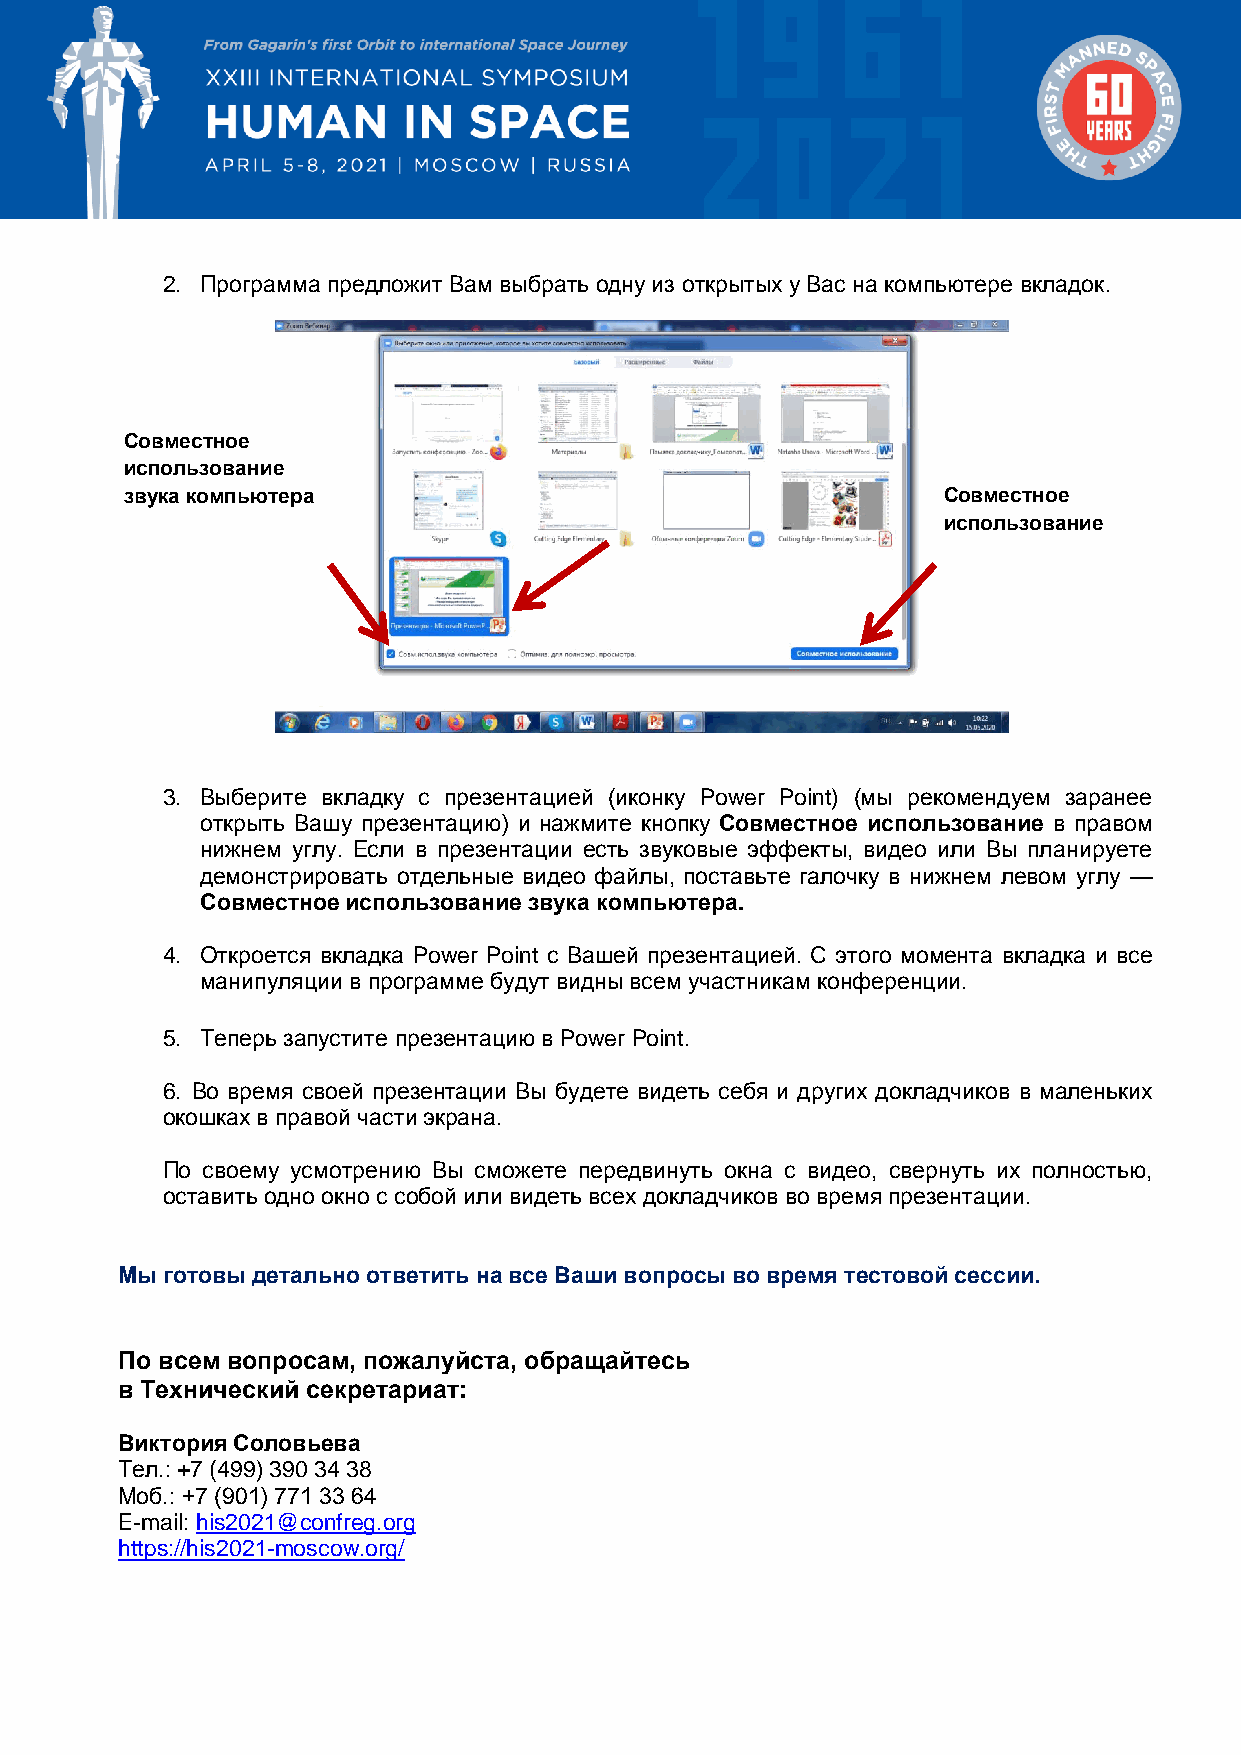
2. Программа предложит Вам выбрать одну из открытых у Вас на компьютере вкладок.
 Совместное
 использование
 звука компьютера                                      Совместное
 использование
 3. Выберите вкладку с презентацией (иконку Power Point) (мы рекомендуем заранее
 открыть Вашу презентацию) и нажмите кнопку Совместное использование в правом
 нижнем углу. Если в презентации есть звуковые эффекты, видео или Вы планируете
 демонстрировать отдельные видео файлы, поставьте галочку в нижнем левом углу —
 Совместное использование звука компьютера.
 4. Откроется вкладка Power Point с Вашей презентацией. С этого момента вкладка и все
 манипуляции в программе будут видны всем участникам конференции.
 5. Теперь запустите презентацию в Power Point.
 6. Во время своей презентации Вы будете видеть себя и других докладчиков в маленьких
 окошках в правой части экрана.
 По своему усмотрению Вы сможете передвинуть окна с видео, свернуть их полностью,
 оставить одно окно с собой или видеть всех докладчиков во время презентации.
 Мы готовы детально ответить на все Ваши вопросы во время тестовой сессии.
 По всем вопросам, пожалуйста, обращайтесь
 в Технический секретариат:
 Виктория Соловьева
 Тел.: +7 (499) 390 34 38
 Моб.: +7 (901) 771 33 64
 E-mail: his2021@confreg.org
 https://his2021-moscow.org/